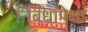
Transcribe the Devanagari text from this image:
निबंधांपेक्षा